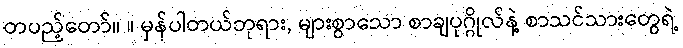
တပည့်တော်။ ။ မှန်ပါတယ်ဘုရား, များစွာသော စာချပုဂ္ဂိုလ်နဲ့ စာသင်သားတွေရဲ့